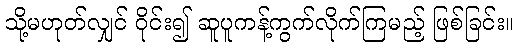
သို့မဟုတ်လျှင် ဝိုင်း၍ ဆူပူကန့်ကွက်လိုက်ကြမည့် ဖြစ်ခြင်း။